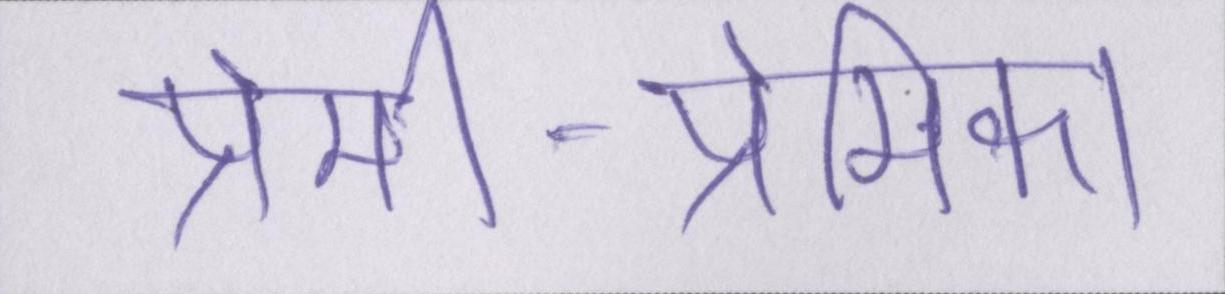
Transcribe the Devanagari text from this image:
प्रेमी-प्रेमिका